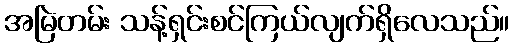
အမြဲတမ်း သန့်ရှင်းစင်ကြယ်လျက်ရှိလေသည်။